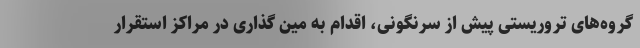
گروه‌های تروریستی پیش از سرنگونی، اقدام به مین گذاری در مراکز استقرار